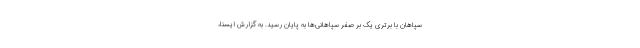
سپاهان با برتری یک بر صفر سپاهانی‌ها به پایان رسید. به گزارش ایسنا،